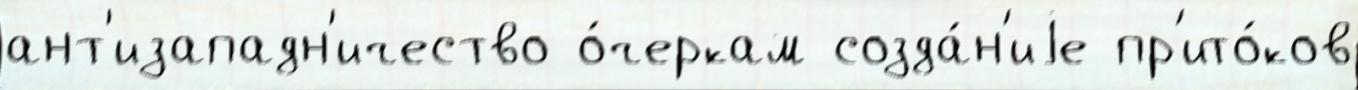
ант'изападн'ичество о́черкам созда́н'иjе пр'ито́ков